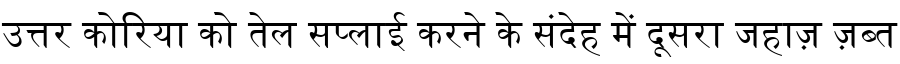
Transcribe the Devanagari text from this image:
उत्तर कोरिया को तेल सप्लाई करने के संदेह में दूसरा जहाज़ ज़ब्त